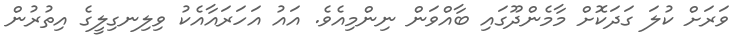
ވަރަށް ކުލަ ގަދަކޮށް މާމެންދޫގައި ބާއްވަން ނިންމިއެވެ. އައު އަހަރައާއެކު ވިލިނގިލީގެ އިތުރުން